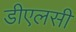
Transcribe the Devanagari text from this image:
डीएलसी